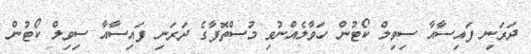
ދަރަނި ފައިސާއާ ސިވިލް ކޯޓުން ހަވާލެއްނުވި މުސްތޮފާގެ ދަރަނި ފައިސާއާ ސިވިލް ކޯޓުން